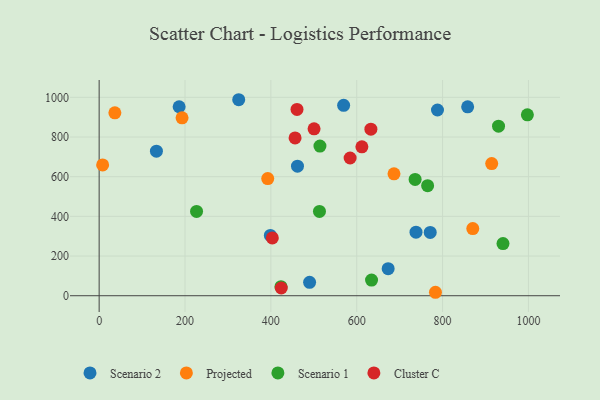
{"axis": {"x": "Engine Size", "y": "Demand"}, "legend": ["Cluster C", "Projected", "Scenario 1", "Scenario 2"], "data": [{"x": "569.5", "y": 959.7, "type": "Scenario 2"}, {"x": "788.1", "y": 936.2, "type": "Scenario 2"}, {"x": "325.1", "y": 988.0, "type": "Scenario 2"}, {"x": "186.3", "y": 952.5, "type": "Scenario 2"}, {"x": "771.2", "y": 319.2, "type": "Scenario 2"}, {"x": "133.4", "y": 728.8, "type": "Scenario 2"}, {"x": "398.8", "y": 304.0, "type": "Scenario 2"}, {"x": "673.2", "y": 136.2, "type": "Scenario 2"}, {"x": "738.1", "y": 320.4, "type": "Scenario 2"}, {"x": "490.2", "y": 67.4, "type": "Scenario 2"}, {"x": "858.4", "y": 952.0, "type": "Scenario 2"}, {"x": "462.0", "y": 653.0, "type": "Scenario 2"}, {"x": "686.8", "y": 614.7, "type": "Projected"}, {"x": "8.1", "y": 659.1, "type": "Projected"}, {"x": "36.6", "y": 922.0, "type": "Projected"}, {"x": "392.7", "y": 590.7, "type": "Projected"}, {"x": "914.4", "y": 666.2, "type": "Projected"}, {"x": "870.3", "y": 338.7, "type": "Projected"}, {"x": "193.1", "y": 896.8, "type": "Projected"}, {"x": "783.4", "y": 17.4, "type": "Projected"}, {"x": "997.5", "y": 912.0, "type": "Scenario 1"}, {"x": "634.5", "y": 78.8, "type": "Scenario 1"}, {"x": "514.3", "y": 754.6, "type": "Scenario 1"}, {"x": "940.7", "y": 262.9, "type": "Scenario 1"}, {"x": "423.5", "y": 45.7, "type": "Scenario 1"}, {"x": "513.2", "y": 424.7, "type": "Scenario 1"}, {"x": "226.9", "y": 425.0, "type": "Scenario 1"}, {"x": "765.1", "y": 554.7, "type": "Scenario 1"}, {"x": "930.3", "y": 854.9, "type": "Scenario 1"}, {"x": "736.0", "y": 586.5, "type": "Scenario 1"}, {"x": "456.4", "y": 795.6, "type": "Cluster C"}, {"x": "633.0", "y": 839.6, "type": "Cluster C"}, {"x": "460.9", "y": 939.1, "type": "Cluster C"}, {"x": "584.6", "y": 694.2, "type": "Cluster C"}, {"x": "424.2", "y": 39.0, "type": "Cluster C"}, {"x": "612.0", "y": 750.5, "type": "Cluster C"}, {"x": "403.4", "y": 291.4, "type": "Cluster C"}, {"x": "500.6", "y": 841.3, "type": "Cluster C"}]}